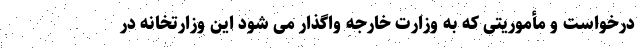
درخواست و مأموریتی که به وزارت خارجه واگذار می شود این وزارتخانه در